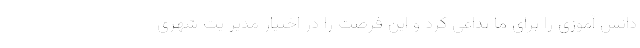
دانش آموزی را برای ما تداعی کرد و این فرصت را در اختیار مدیر یت شهری